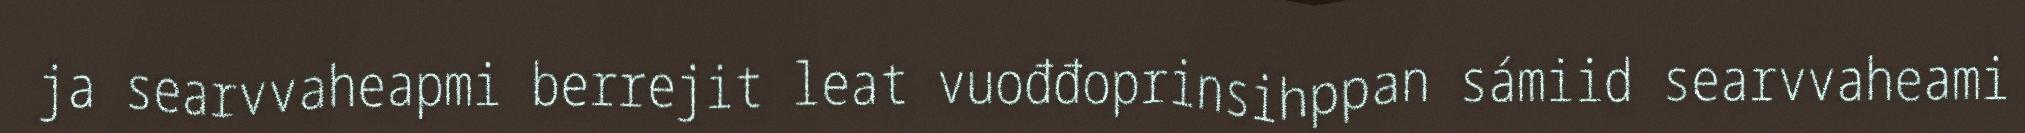
ja searvvaheapmi berrejit leat vuođđoprinsihppan sámiid searvvaheami